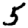
Digit: 5